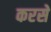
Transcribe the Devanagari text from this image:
करसे